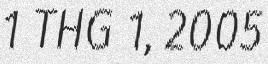
1 THG 1, 2005